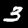
Digit: 3